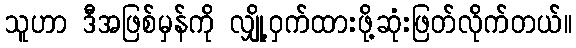
သူဟာ ဒီအဖြစ်မှန်ကို လျှို့ဝှက်ထားဖို့ဆုံးဖြတ်လိုက်တယ်။